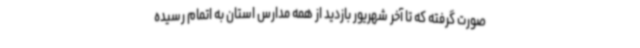
صورت گرفته که تا آخر شهریور بازدید از همه مدارس استان به اتمام رسیده